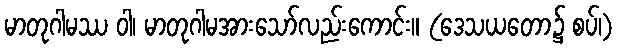
မာတုဂါမဿ ဝါ၊ မာတုဂါမအားသော်လည်းကောင်း။ (ဒေသယတော၌ စပ်၊)